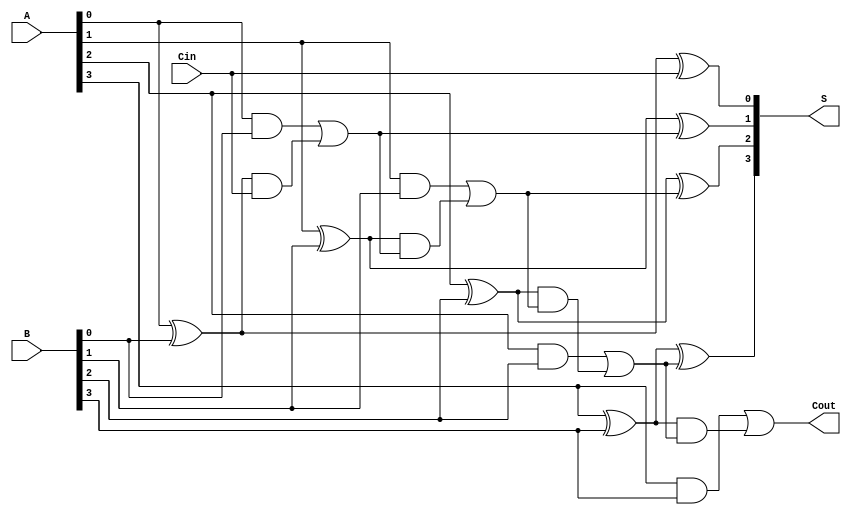
module RCLA #(parameter n = 4) (
    input  [n-1:0] A,      // First n-bit input
    input  [n-1:0] B,      // Second n-bit input
    input          Cin,     // Carry-in
    output [n-1:0] S,      // Sum output
    output         Cout     // Carry-out
);

    wire [n-1:0] G;        // Generate signals
    wire [n-1:0] P;        // Propagate signals
    wire [n:0] C;          // Carry signals (C[0] is Cin)

    // Generate and Propagate calculations
    genvar i;
    generate
        for (i = 0; i < n; i = i + 1) begin : gen_prop
            assign G[i] = A[i] & B[i];          // Generate
            assign P[i] = A[i] ^ B[i];          // Propagate
        end
    endgenerate

    // Carry calculations
    assign C[0] = Cin;                            // C0 = Cin
    generate
        for (i = 0; i < n; i = i + 1) begin : carry_calc
            assign C[i + 1] = G[i] | (P[i] & C[i]); // Carry generation
        end
    endgenerate

    // Sum calculations
    generate
        for (i = 0; i < n; i = i + 1) begin : sum_calc
            assign S[i] = P[i] ^ C[i];            // Sum calculation
        end
    endgenerate

    // Final Carry-out
    assign Cout = G[n-1] | (P[n-1] & C[n-1]);

endmodule